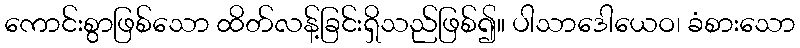
ကောင်းစွာဖြစ်သော ထိတ်လန့်ခြင်းရှိသည်ဖြစ်၍။ ပါသာဒေါယေဝ၊ ခံစားသော